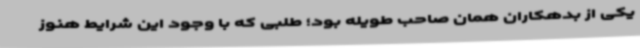
یکی از بدهکاران همان صاحب طویله بود؛ طلبی که با وجود این شرایط هنوز